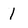
Character: 1